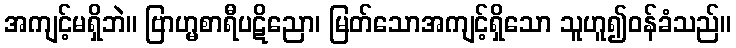
အကျင့်မရှိဘဲ။ ဗြာဟ္မစာရီပဋိညော၊ မြတ်သောအကျင့်ရှိသော သူဟူ၍ဝန်ခံသည်။